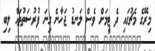
މިރޭގެ މެޗުގައި ދެ ޓީމަށް ވެސް ލަނޑު ޖަހާނެ ގިނަ ފުރުސަތުތައް ލިބި